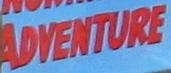
ADVENTURE